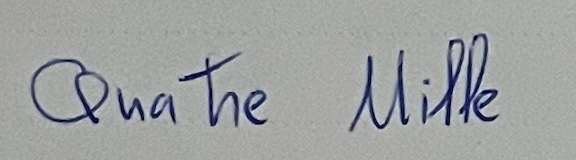
Quatre Mille